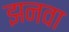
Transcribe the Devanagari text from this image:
झनवा